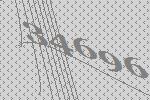
34696